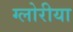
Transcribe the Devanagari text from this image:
ग्लोरीया